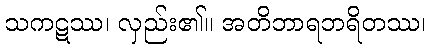
သကဋဿ၊ လှည်း၏။ အတိဘာရဘရိတဿ၊